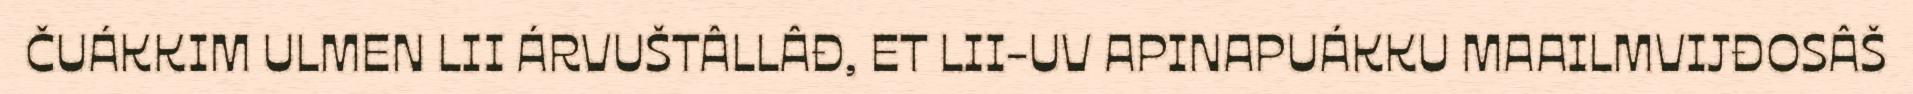
ČUÁKKIM ULMEN LII ÁRVUŠTÂLLÂĐ, ET LII-UV APINAPUÁKKU MAAILMVIJĐOSÂŠ